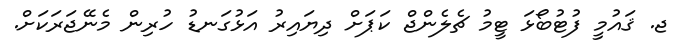
ޖ. ޤައުމީ ފުޓުބޯޅަ ޓީމު ޗެލެންޖް ކަޕަށް ދިޔައިރު އަޅުގަނޑު ހުރިން މެނޭޖަރަކަށް.